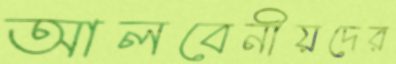
আলবেনীয়দের